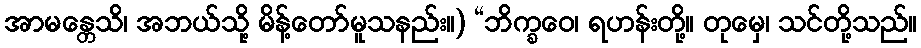
အာမန္တေသိ၊ အဘယ်သို့ မိန့်တော်မူသနည်း။) “ဘိက္ခဝေ၊ ရဟန်းတို့။ တုမှေ၊ သင်တို့သည်။